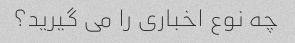
چه نوع اخباری را می گیرید؟